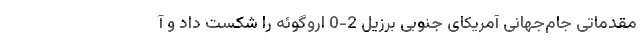
مقدماتی جام‌جهانی آمریکای جنوبی برزیل 2-0 اروگوئه را شکست داد و آ